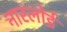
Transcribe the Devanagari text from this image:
नारलोई